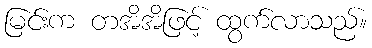
မြင်းက တအိအိဖြင့် ထွက်လာသည်။